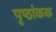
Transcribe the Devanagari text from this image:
पृष्ठांकक